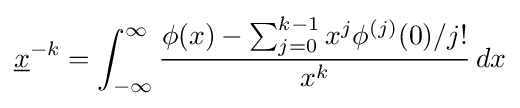
{\underline {x}}^{-k}=\int _{-\infty }^{\infty }{\frac {\phi (x)-\sum _{j=0}^{k-1}x^{j}\phi ^{(j)}(0)/j!}{x^{k}}}\,dx